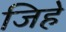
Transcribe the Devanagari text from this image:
जिहे